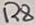
Text: R8